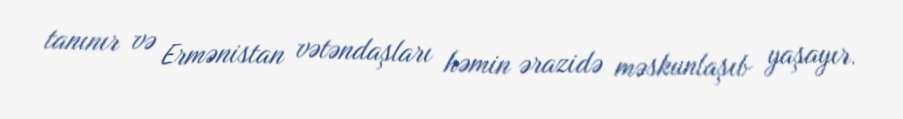
tanınır və Ermənistan vətəndaşları həmin ərazidə məskunlaşıb yaşayır.